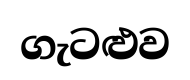
ගැටළුව